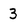
Character: 3